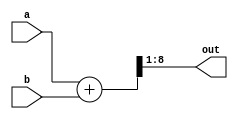
module adder_8bit
(
    input[7:0] a, b,
    output[7:0] out
);
    wire[8:0] full_out;
    assign full_out = a + b;
    assign out = full_out[8:1];
endmodule